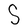
Character: S